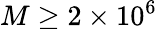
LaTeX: M\geq 2\times 10^{6}